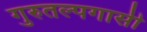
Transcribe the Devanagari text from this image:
गुरुतल्पगासी